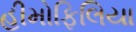
હીમોફિલિયા